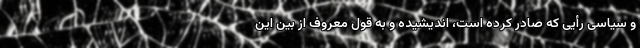
و سیاسی رأیی که صادر کرده است، اندیشیده و به قول معروف از بین این